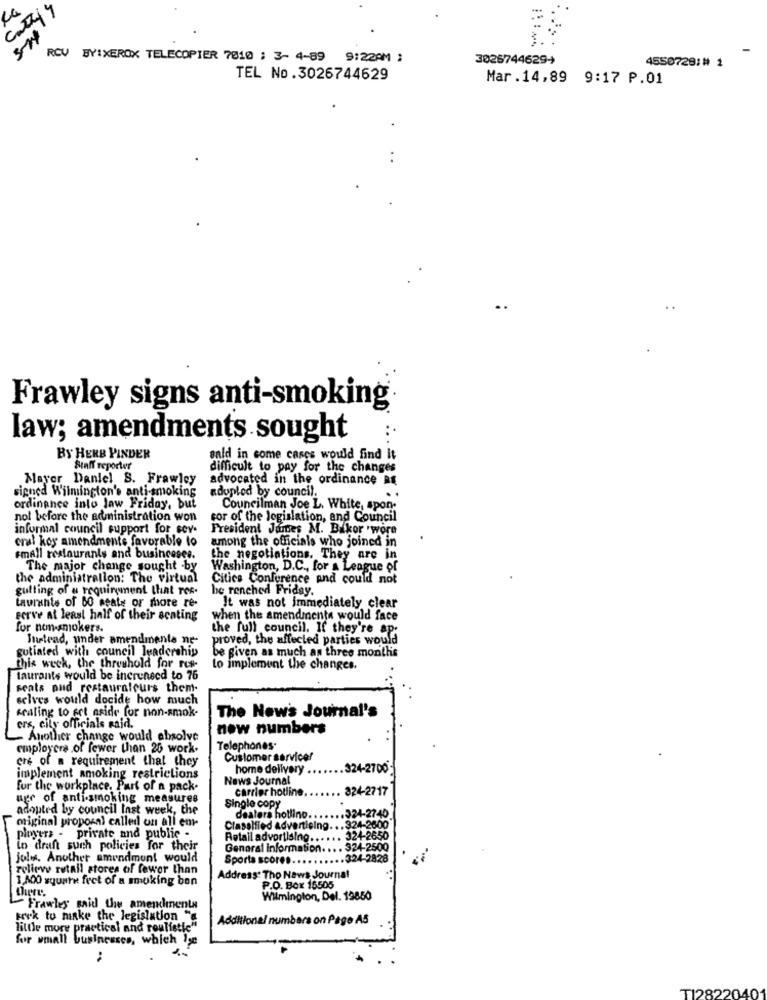
carry
3.
RCV BYIXEROX TELECOPIER 7810 : 3- 4-89 9:22PM :
3026744629+
4550729:# 1
TEL No.3026744629
Mar.14,89 9:17 P.01
Frawley signs anti-smoking
law; amendments sought
BY HERB PINDER
anid in some cases would find it
Staff reporter
difficult to pay for the changes
Mayer Daniel S. Frawley
advocated in the ordinance RE
signed Wilmington's anti-smoking
adopted by council.
..
ordinance into law Friday, but
Councilman Joe L. White, spon-
nol before the administration won
cor of the legislation, and Council
informal council support for sev.
President James M. Bakor 'wore
cral koy amendments favorable to
among the officials who joined in
small restaurants and busincesee.
the negotiations. They are in
The major change sought -by
Washington, D.C ., for a League of
the administration: The virtual
Cities Conference and could not
gulting of a requirement that ros-
he renched Friday.
taurants of BO meats or more re-
It was not immediately clear
serve at least half of their scating
when the amendments would face
for non-smokers.
the full council. If they're ap.
Instead, under amendments ne-
proved, the affected parties would
gutiated with council leadership
be given as much an three months
this week, the threshold for res-
to implement the changes.
taurants would be increneed to 76
seats pud restauraleurs them-
selves would docide how much
sealing to set aside for non-smok.
The New's Journal's
ers, city officials said.
now numbers
Another change would absolve
employera .of fewer than 20 work-
Telephones·
ere of a requirement that they
Customer service!
home delivery ..
324-2700
implement smoking restrictions
News Journal
fur the workplace. Part of a pack-
824-2717
uge of anti-smoking measures
carrier hotline
adopted by council Inst week, the
Single copy
miginal proposal called on all em-
dealers hotlino ..
..... 324-2740
Classified advertising ... 324-2600
ployers - private and public -
Retail advortising .... ..
324-2650
io draft such policies for their
General information
jolw. Another amendment would
Sporta score ...
324-2828
relieve retail stores of fewer than
1,500 square feet of a smoking bon
Address: Tho News Journal
there.
P.O. Box 15505
Wilmington, Del. 19850
Frawley said the amenchinenta
kerk tu minke the legislation "
Additional numbers on Page AS
little more practical and roulistic'
for small businesses, which Ise
..
TI28220401